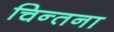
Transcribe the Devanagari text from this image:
चिन्तना